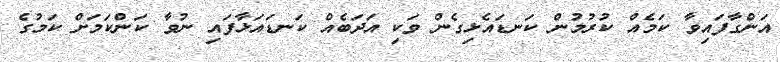
އަންގާފައިވާ ކަމެއް ކުރުމުން ކަނޑައެޅިގެން ވަކި އަދަބެއް ކަނޑައަޅާފައި ނުވާ ކަންކަމަށް ކަމުގެ